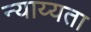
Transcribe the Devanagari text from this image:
न्याय्यता